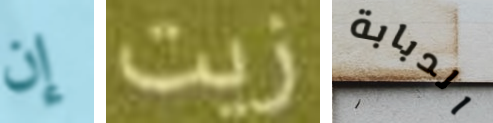
إن زيت الدبابة